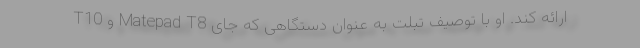
T10 و Matepad T8 ارائه کند. او با توصیف تبلت به عنوان دستگاهی که جای